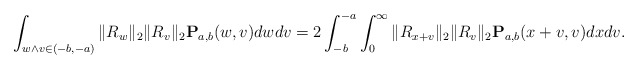
\begin{align*}\int_{w \wedge v \in (-b, -a)} \|R_w\|_2 \|R_v\|_2 \mathbf{P}_{a, b}(w, v) dw dv = 2\int_{-b}^{-a} \int_0^\infty \|R_{x + v}\|_2 \|R_v\|_2 \mathbf{P}_{a, b}(x + v, v) dx dv.\end{align*}